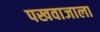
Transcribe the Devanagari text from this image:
पखवाजाला